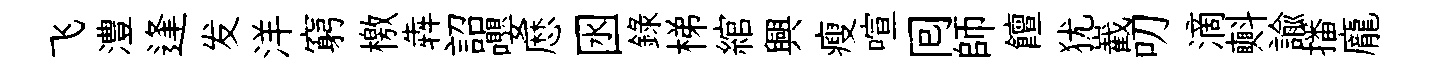
飞澧逢发洋窮檄犇詔嚶厯囦録梯綰興瘦喧囘師饘犹嶻叨滴㪺諭播龐